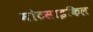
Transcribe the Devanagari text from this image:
मोटसाइकिल